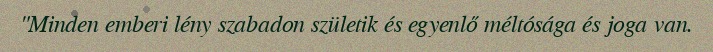
"Minden emberi lény szabadon születik és egyenlő méltósága és joga van.